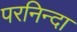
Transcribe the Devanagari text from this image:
परनिन्दा